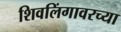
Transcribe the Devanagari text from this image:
शिवलिंगावरच्या